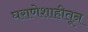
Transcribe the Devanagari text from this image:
घराणेशाहीतून